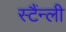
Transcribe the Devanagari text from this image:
स्टैंन्ली